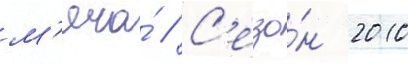
м'яча́ // С'езо́н 2010